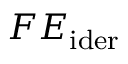
F E _ { \mathrm { { i d e r } } }